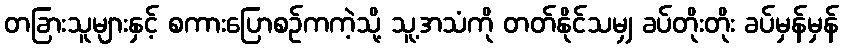
တခြားသူများနှင့် စကားပြောစဉ်ကကဲ့သို့ သူ့အသံကို တတ်နိုင်သမျှ ခပ်တိုးတိုး ခပ်မှန်မှန်